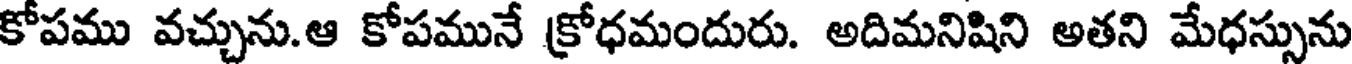
కోపము వచ్చును.ఆ కోపమునే క్రోధమందురు. అదిమనిషిని అతని మేధస్సును